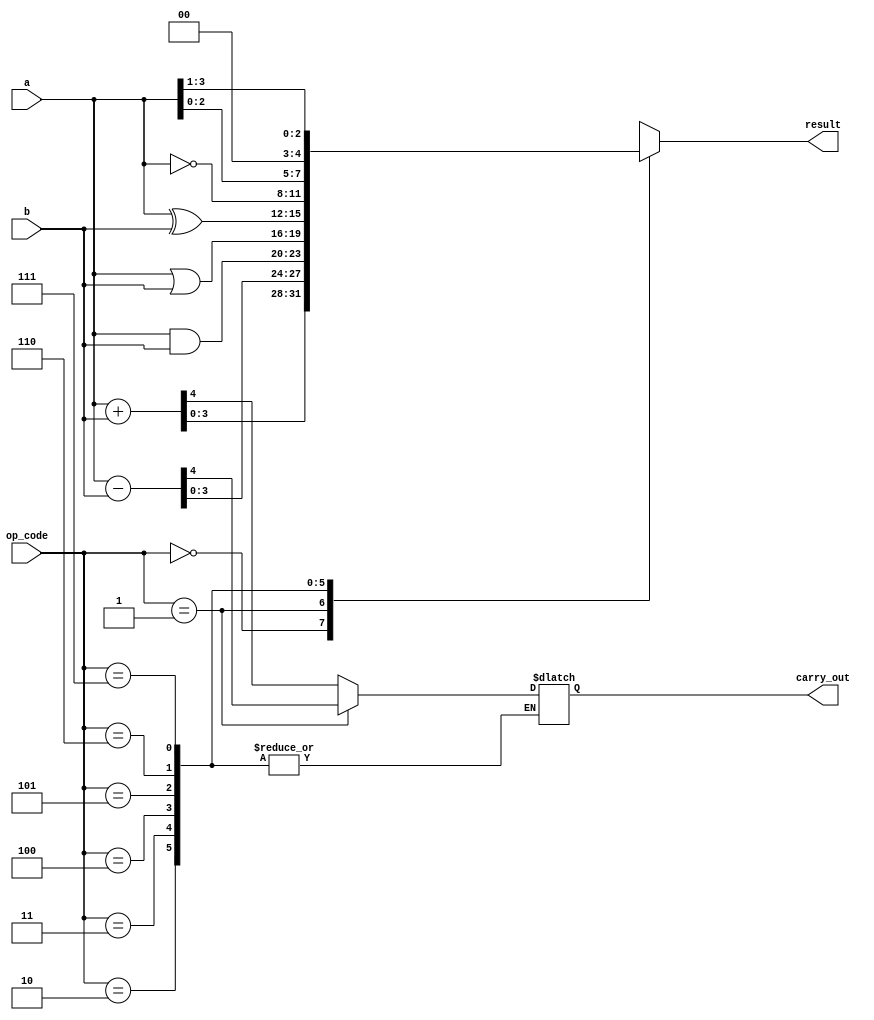

module ALU(
    input wire [3:0] a,          // First operand
    input wire [3:0] b,          // Second operand
    input wire [2:0] op_code,    // Operation code
    output reg [3:0] result,     // Result of the ALU operation
    output reg carry_out         // Carry out for addition and subtraction
);

    always @(*) begin
        case (op_code)
            3'b000: {carry_out, result} = a + b;                // Addition
            3'b001: {carry_out, result} = a - b;                // Subtraction
            3'b010: result  = a & b;                            // AND
            3'b011: result  = a | b;                            // OR
            3'b100: result  = a ^ b;                            // XOR
            3'b101: result  = ~a;                               // NOT (negate a)
            3'b110: result  = a << 1;                           // Left Shift
            3'b111: result  = a >> 1;                           // Right Shift
            default: result = 4'b0000;                          // Default case
        endcase
    end

endmodule